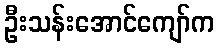
ဦးသန်းအောင်ကျော်က